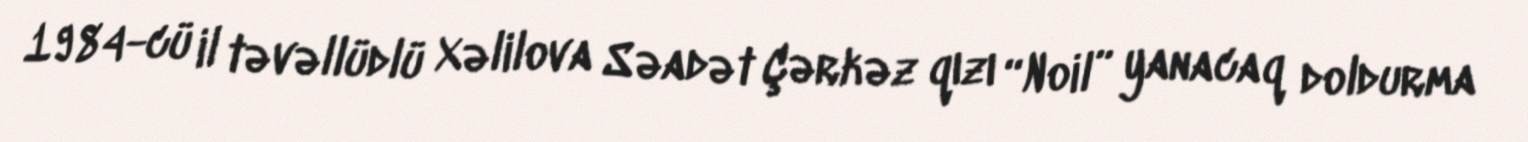
1984-cü il təvəllüdlü Xəlilova Səadət Çərkəz qızı “Noil” yanacaq doldurma